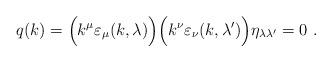
LaTeX: \begin{align*}q(k)=\Bigl(k^\mu \varepsilon_\mu(k,\lambda) \Bigr)\Bigl(k^\nu \varepsilon_\nu(k,\lambda') \Bigr)\eta_{\lambda \lambda'}=0\,\,.\end{align*}